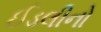
ઈડલીનો